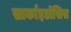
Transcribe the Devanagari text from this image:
सार्काइडॉसिस